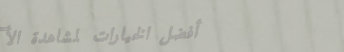
أفضل الخيارات لمشاهدة الأ